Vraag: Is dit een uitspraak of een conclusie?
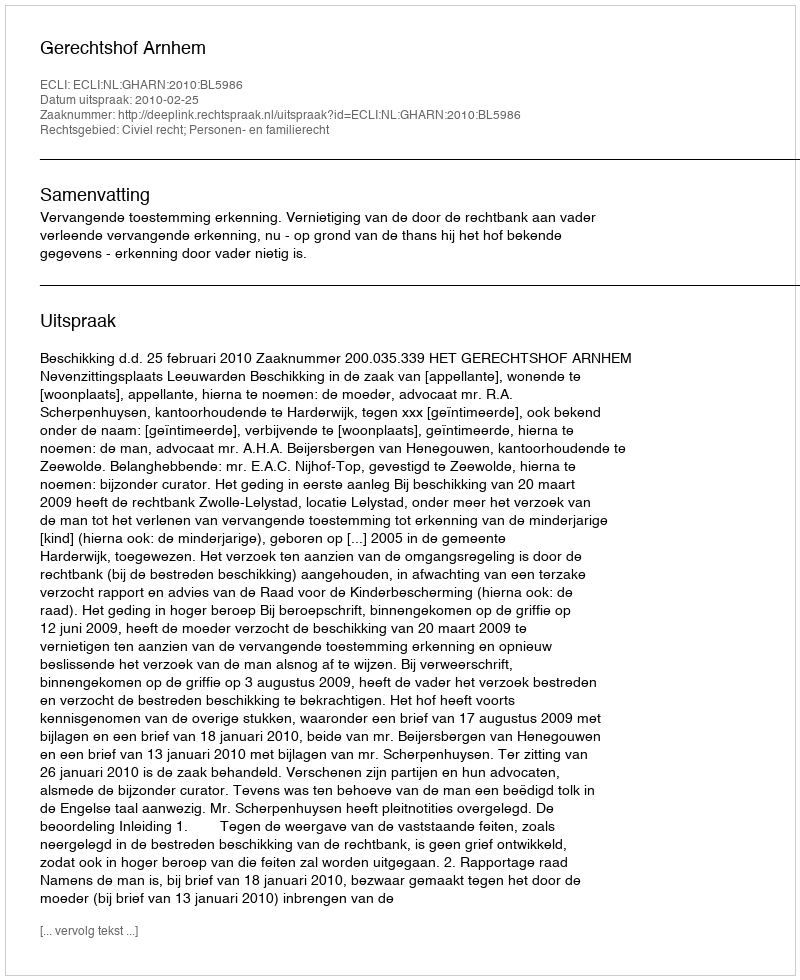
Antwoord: Uitspraak